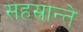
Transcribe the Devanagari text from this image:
सहस्रान्ते